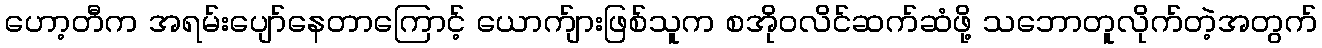
ဟော့တီက အရမ်းပျော်နေတာကြောင့် ယောက်ျားဖြစ်သူက စအိုဝလိင်ဆက်ဆံဖို့ သဘောတူလိုက်တဲ့အတွက်